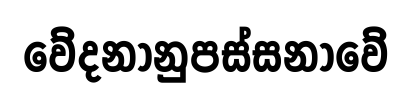
වේදනානුපස්සනාවේ